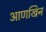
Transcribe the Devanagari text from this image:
आणखिन